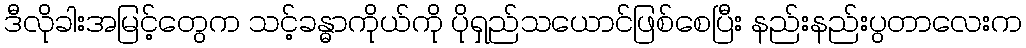
ဒီလိုခါးအမြင့်တွေက သင့်ခန္ဓာကိုယ်ကို ပိုရှည်သယောင်ဖြစ်စေပြီး နည်းနည်းပွတာလေးက